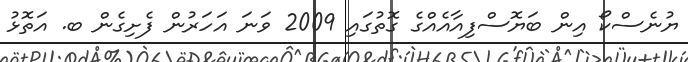
ޔުނެސްކޯ އިން ބަޔޮސްފިއާއެއްގެ ގޮތުގައި 2009 ވަނަ އަހަރުން ފެށިގެން ބ. އަތޮޅު